Lock hospitals Punjab
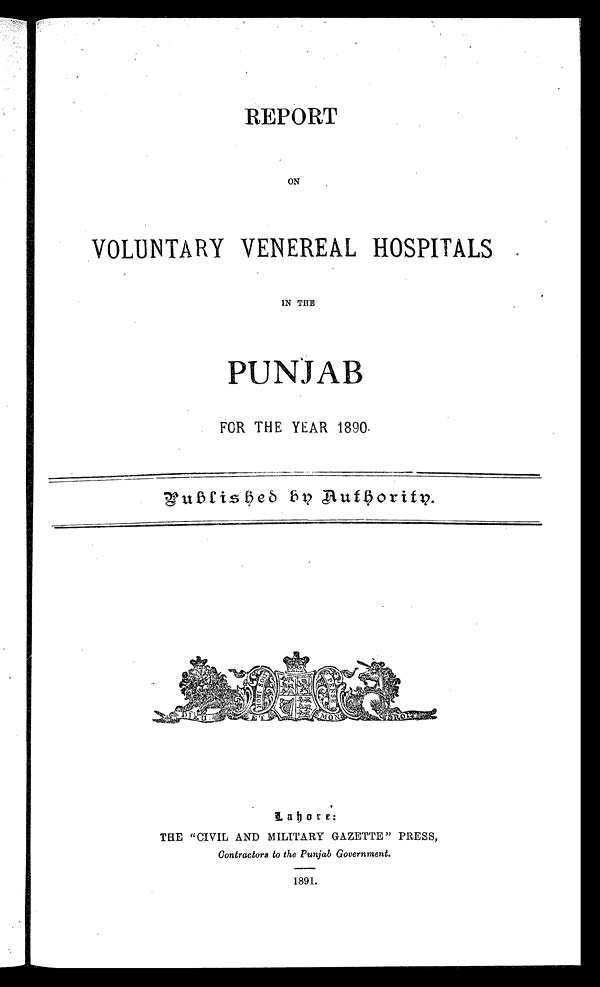
REPORT
ON
VOLUNTARY VENEREAL HOSPITALS
IN THE
PUNJAB
FOR THE YEAR 1890.
P u b l i s h e d b y A u t h o r i t y .
L a h o r e :
THE "CIVIL AND MILITARY GAZETTE" PRESS,
Contractors to the Punjab Government.
1891.